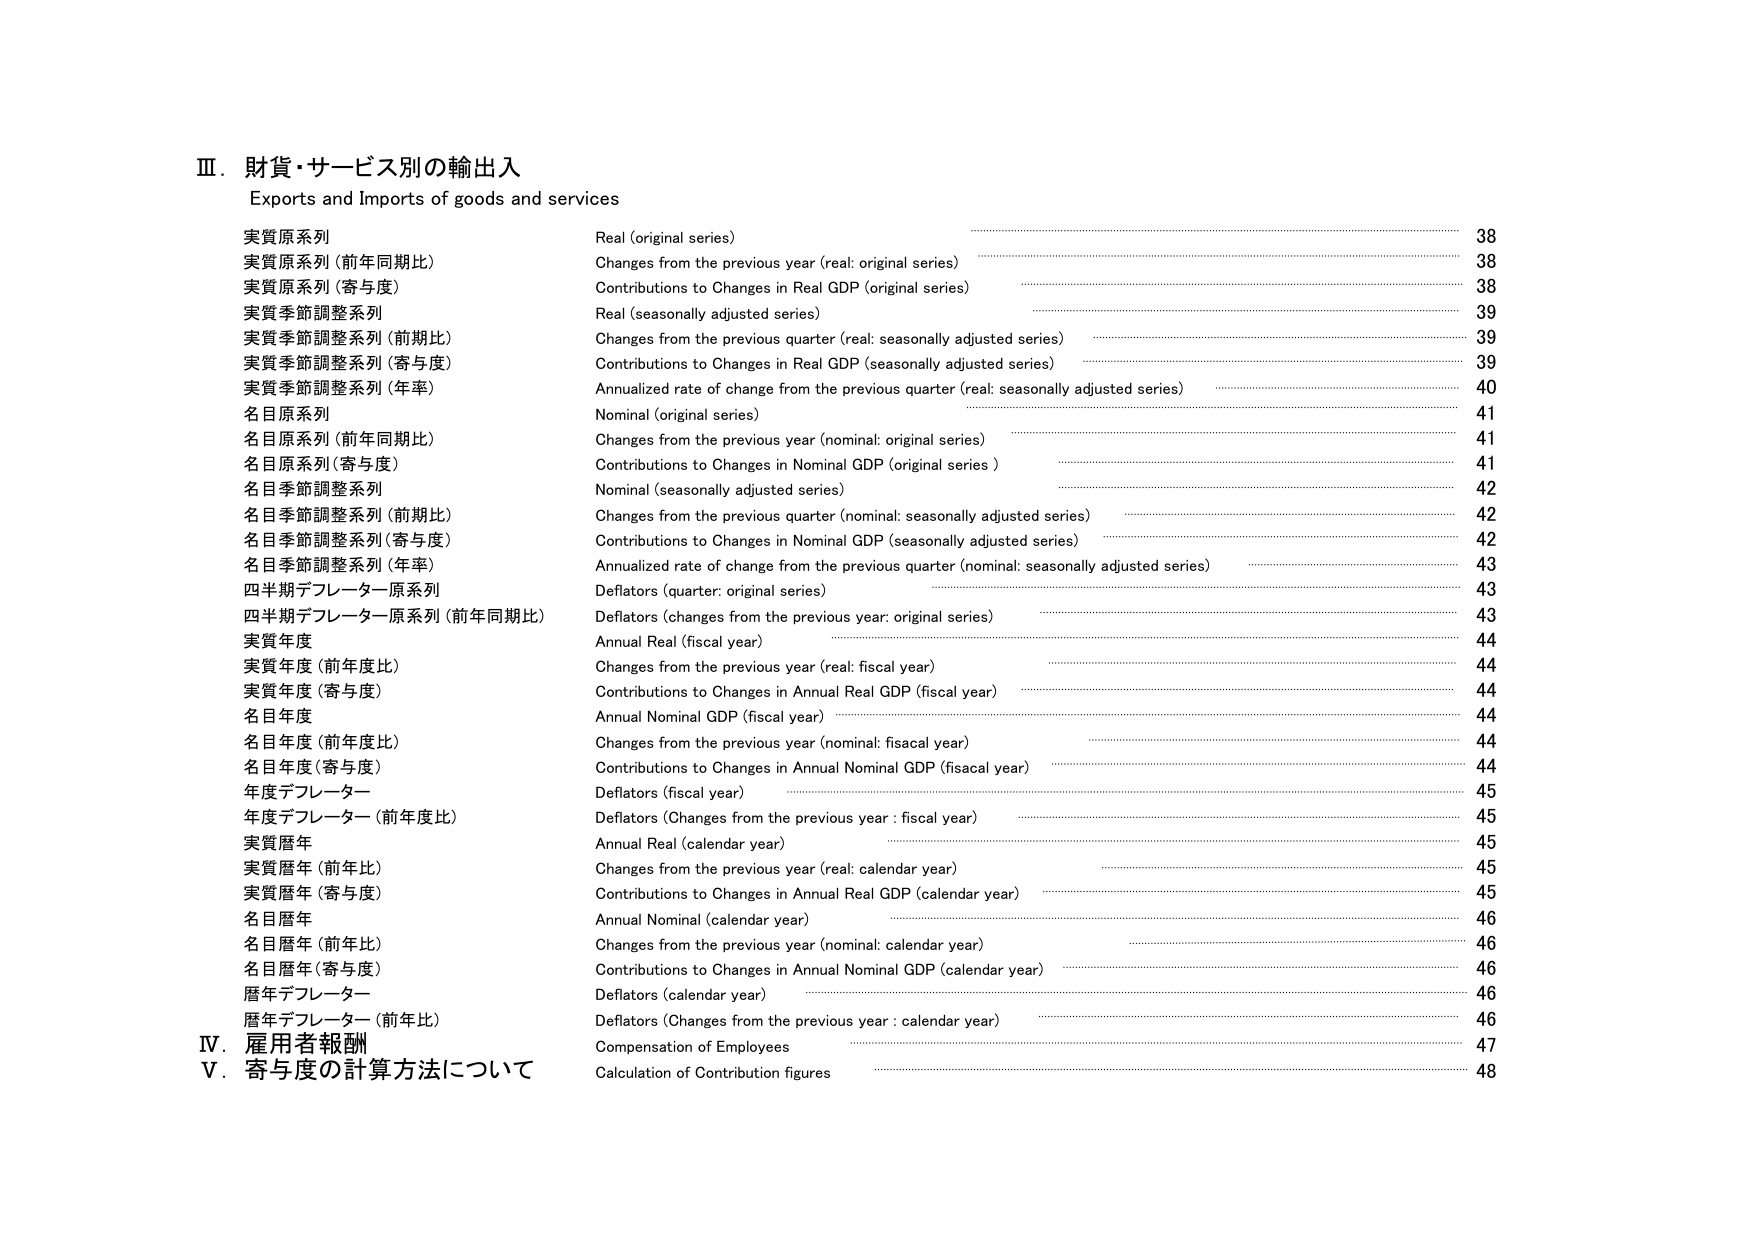
Ⅲ．財貨・サービス別の輸出入
Exports and Imports of goods and services

実質原系列
Real (original series)
38

実質原系列（前年同期比）
Changes from the previous year (real: original series)
38

実質原系列（寄与度）
Contributions to Changes in Real GDP (original series)
38

実質季節調整系列
Real (seasonally adjusted series)
39

実質季節調整系列（前期比）
Changes from the previous quarter (real: seasonally adjusted series)
39

実質季節調整系列（寄与度）
Contributions to Changes in Real GDP (seasonally adjusted series)
39

実質季節調整系列（年率）
Annualized rate of change from the previous quarter (real: seasonally adjusted series)
40

名目原系列
Nominal (original series)
41

名目原系列（前年同期比）
Changes from the previous year (nominal: original series)
41

名目原系列（寄与度）
Contributions to Changes in Nominal GDP (original series)
41

名目季節調整系列
Nominal (seasonally adjusted series)
42

名目季節調整系列（前期比）
Changes from the previous quarter (nominal: seasonally adjusted series)
42

名目季節調整系列（寄与度）
Contributions to Changes in Nominal GDP (seasonally adjusted series)
42

名目季節調整系列（年率）
Annualized rate of change from the previous quarter (nominal: seasonally adjusted series)
43

四半期デフレーター原系列
Deflators (quarter: original series)
43

四半期デフレーター原系列（前年同期比）
Deflators (changes from the previous year: original series)
43

実質年度
Annual Real (fiscal year)
44

実質年度（前年度比）
Changes from the previous year (real: fiscal year)
44

実質年度（寄与度）
Contributions to Changes in Annual Real GDP (fiscal year)
44

名目年度
Annual Nominal GDP (fiscal year)
44

名目年度（前年度比）
Changes from the previous year (nominal: fiscal year)
44

名目年度（寄与度）
Contributions to Changes in Annual Nominal GDP (fiscal year)
44

年度デフレーター
Deflators (fiscal year)
45

年度デフレーター（前年度比）
Deflators (Changes from the previous year : fiscal year)
45

実質暦年
Annual Real (calendar year)
45

実質暦年（前年比）
Changes from the previous year (real: calendar year)
45

実質暦年（寄与度）
Contributions to Changes in Annual Real GDP (calendar year)
45

名目暦年
Annual Nominal (calendar year)
46

名目暦年（前年比）
Changes from the previous year (nominal: calendar year)
46

名目暦年（寄与度）
Contributions to Changes in Annual Nominal GDP (calendar year)
46

暦年デフレーター
Deflators (calendar year)
46

暦年デフレーター（前年比）
Deflators (Changes from the previous year : calendar year)
46

Ⅳ．雇用者報酬
Compensation of Employees
47

Ⅴ．寄与度の計算方法について
Calculation of Contribution figures
48